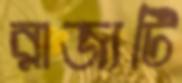
রাজ্যটি